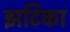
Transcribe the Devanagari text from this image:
झटिका